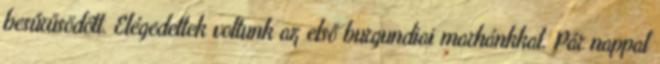
besűrűsödött. Elégedettek voltunk az első burgundiai marhánkkal. Pár nappal